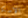
الاسكا